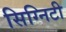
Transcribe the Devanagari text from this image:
सिग्निटी